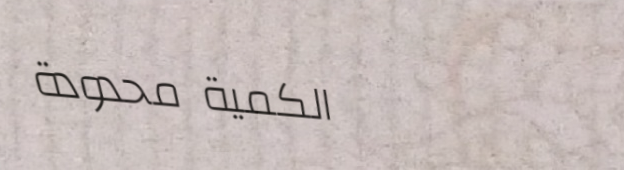
الكمية محدودة